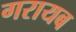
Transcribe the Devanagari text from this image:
गरायब